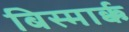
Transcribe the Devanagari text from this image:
बिस्मार्क्क